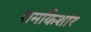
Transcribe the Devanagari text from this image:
रामकिशोर